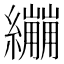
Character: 𦇜